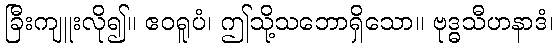
ခြီးကျူးလို၍။ ဧဝရူပံ၊ ဤသို့သဘောရှိသော။ ဗုဒ္ဓသီဟနာဒံ၊